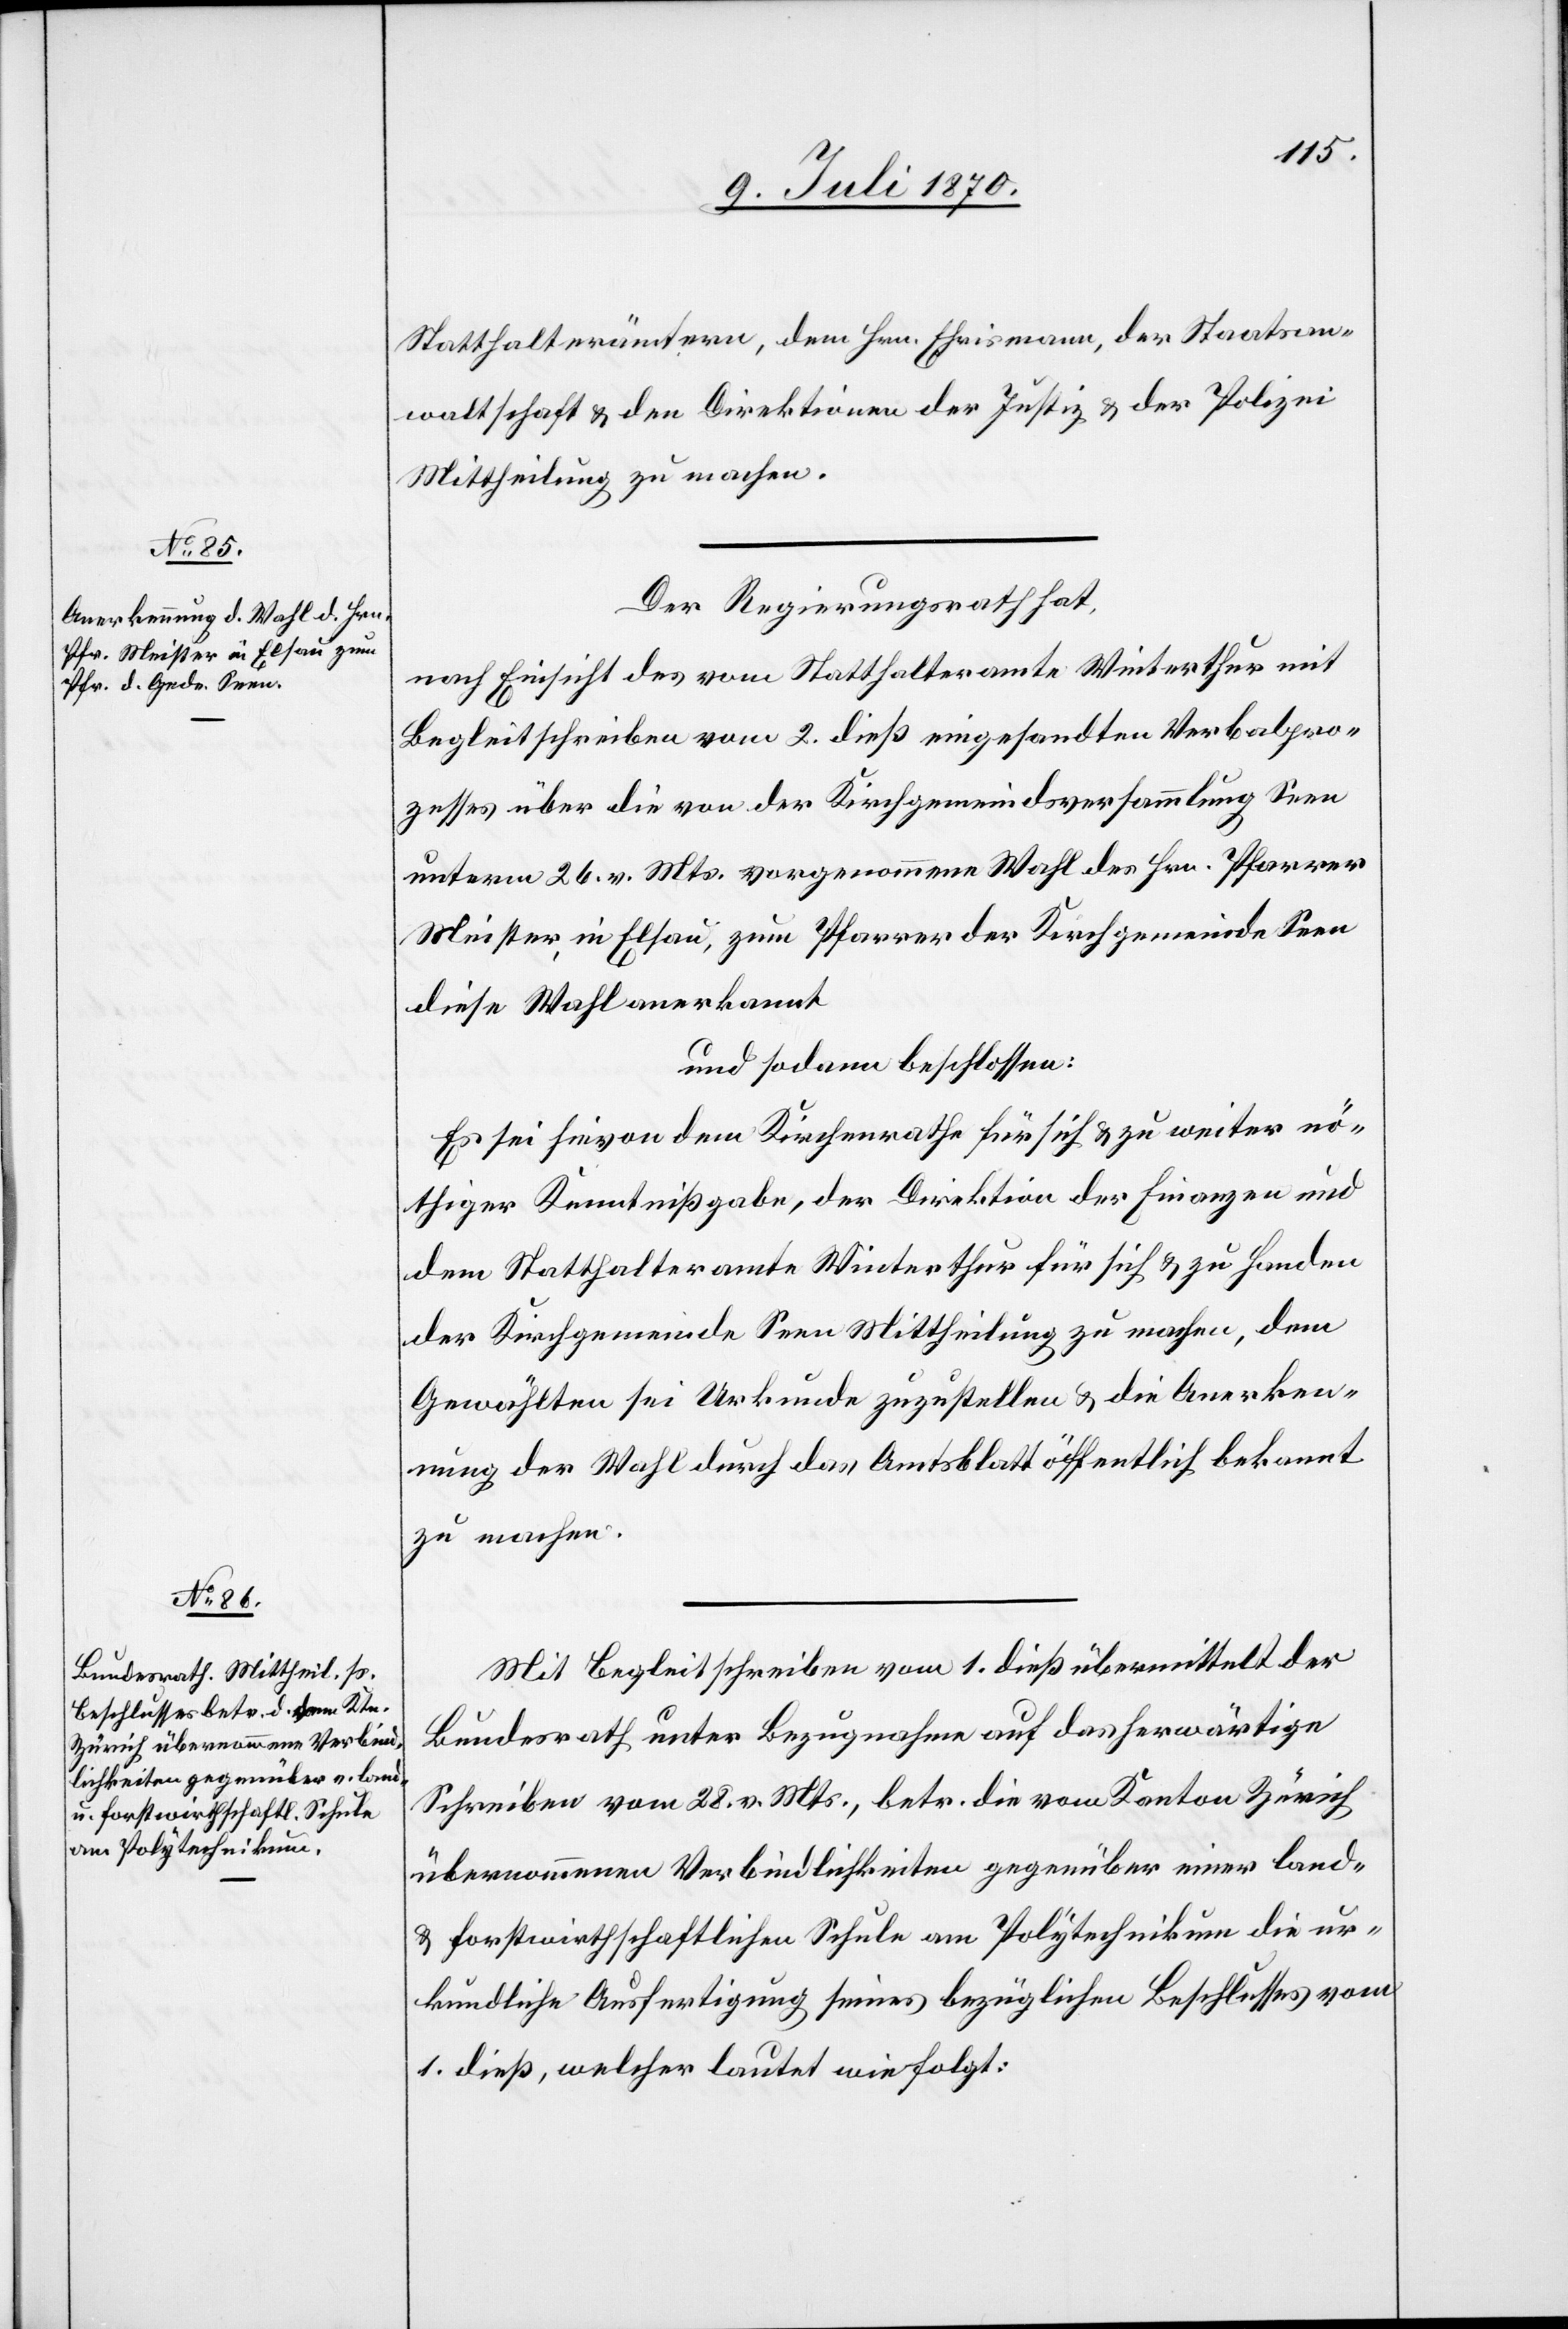
Statthalterämtern, dem Hrn. Ehrismann, der Staatsan¬
waltschaft & den Direktionen der Justiz & der Polizei
Mittheilung zu machen.
Der Regierungsrath hat,
nach Einsicht des vom Statthalteramte Winterthur mit
Begleitschreiben vom 2. dieß eingesandten Verbalpro¬
zesses über die von der Kirchgemeindeversammlung Seen
unterm 26. v. Mts. vorgenommene Wahl des Hrn. Pfarrer
Meister, in Elsau, zum Pfarrer der Kirchgemeinde Seen
diese Wahl anerkannt
und sodann beschlossen:
Es sei hievon dem Kirchenrathe für sich & zu weiter nö¬
thiger Kenntnißgabe, der Direktion der Finanzen und
dem Statthalteramt Winterthur für sich & zu Handen
der Kirchgemeinde Seen Mittheilung zu machen, dem
Gewählten sei Urkunde zuzustellen & die Anerken¬
nung der Wahl durch das Amtsblatt öffentlich bekannt
zu machen.
Mit Begleitschreiben vom 1. dieß übermittelt der
Bundesrath unter Bezugnahme auf das herwärtige
Schreiben vom 28. v. Mts., betr. die vom Kanton Zürich
übernommenen Verbindlichkeiten gegenüber einer land-
& forstwirthschaftlichen Schule am Polytechnikum die ur¬
kundliche Ausfertigung seines bezüglichen Beschlusses vom
1. dieß, welcher lautet wie folgt: